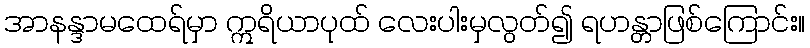
အာနန္ဒာမထေရ်မှာ ဣရိယာပုထ် လေးပါးမှလွတ်၍ ရဟန္တာဖြစ်ကြောင်း။